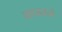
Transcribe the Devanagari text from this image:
वाघावळे